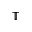
\mathbb T